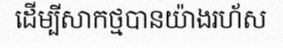
ដើម្បីសាកថ្មបានយ៉ាងរហ័ស